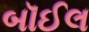
બૉઈલ